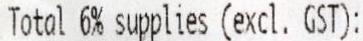
TOTAL 6% SUPPLIES (EXCL. GST):